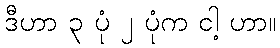
ဒီဟာ ၃ ပုံ ၂ ပုံက ငါ့ ဟာ။